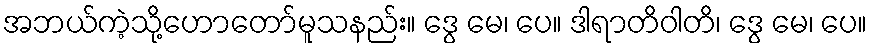
အဘယ်ကဲ့သို့ဟောတော်မူသနည်း။ ဒွေ မေ၊ ပေ။ ဒါရာတိဝါတိ၊ ဒွေ မေ၊ ပေ။